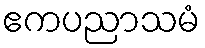
ဧကပညာသမံ